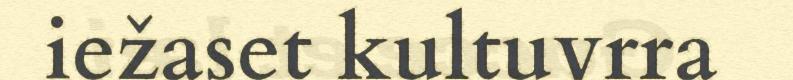
iežaset kultuvrra